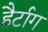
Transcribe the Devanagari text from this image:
हैर्टाग